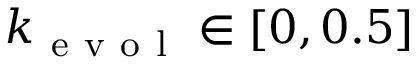
k _ { \mathrm { ~ e ~ v ~ o ~ l ~ } } \in [ 0 , 0 . 5 ]